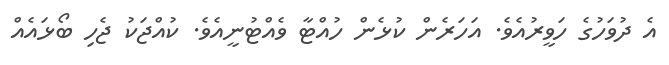
އެ ދުވަހުގެ ހަވީރުއެވެ. އަހަރެން ކުޅެން ހުއްޓާ ވެއްޓުނީއެވެ. ކުއްޖަކު ޖެހި ބޯޅައެއް